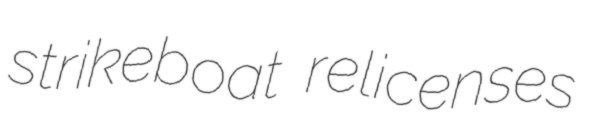
strikeboat relicenses